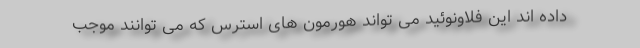
داده اند این فلاونوئید می تواند هورمون های استرس که می توانند موجب